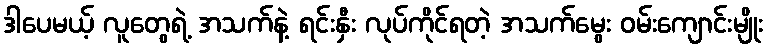
ဒါပေမယ့် လူတွေရဲ့ အသက်နဲ့ ရင်းနှီး လုပ်ကိုင်ရတဲ့ အသက်မွေး ဝမ်းကျောင်းမျိုး